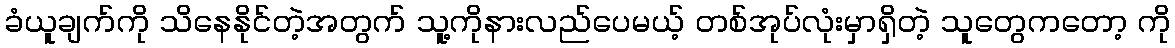
ခံယူချက်ကို သိနေနိုင်တဲ့အတွက် သူ့ကိုနားလည်ပေမယ့် တစ်အုပ်လုံးမှာရှိတဲ့ သူတွေကတော့ ကို